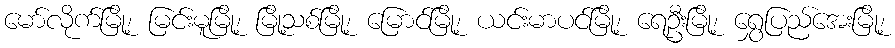
မော်လိုက်မြို့၊ မြင်းမူမြို့၊ မြို့သစ်မြို့၊ မြောင်မြို့၊ ယင်းမာပင်မြို့၊ ရေဦးမြို့၊ ရွှေပြည်အေးမြို့၊